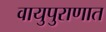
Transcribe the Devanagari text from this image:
वायुपुराणात